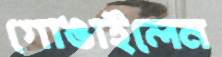
গোঙাইলেন